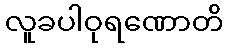
လူခပါဝုရဏောတိ